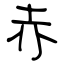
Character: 赤